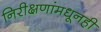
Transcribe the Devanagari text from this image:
निरीक्षणांमधूनही